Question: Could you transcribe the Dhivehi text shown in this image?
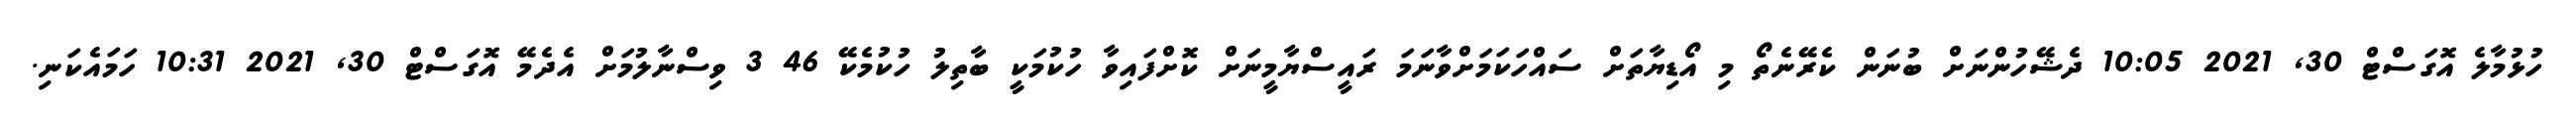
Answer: ހުޅުމާލެ އޮގަސްޓް 30, 2021 10:05 ދެޝޭހުންނަށް ބުނަން ކެރޭނެތޯ މި އޯޑިޔާތަށް ސައްހަކަމަށްވާނަމަ ރައީސްޔާމީނަށް ކޮށްފައިވާ ހުކުމަކީ ބާތިލު ހުކުމެކޭ 46 3 ވިސްނާލުމަށް އެދެމޭ އޮގަސްޓް 30, 2021 10:31 ހަމައެކަނި.